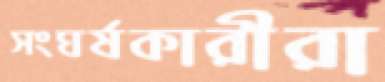
সংঘর্ষকারীরা